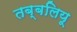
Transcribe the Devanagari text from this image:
तब्बलियू